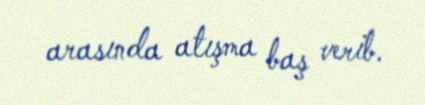
arasında atışma baş verib.